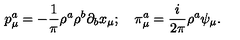
p _ { \mu } ^ { a } = - \frac { 1 } { \pi } \rho ^ { a } \rho ^ { b } \partial _ { b } x _ { \mu } ; \quad \pi _ { \mu } ^ { a } = \frac { i } { 2 \pi } \rho ^ { a } \psi _ { \mu } .